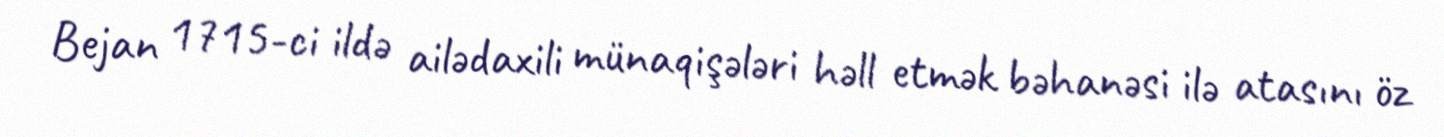
Bejan 1715-ci ildə ailədaxili münaqişələri həll etmək bəhanəsi ilə atasını öz